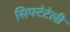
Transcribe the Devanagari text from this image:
सिफ्टेटेली